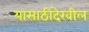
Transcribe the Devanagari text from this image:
यासाठीदेखील